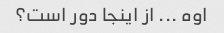
اوه ... از اینجا دور است؟